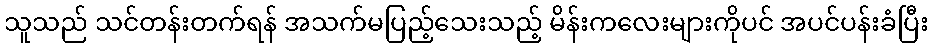
သူသည် သင်တန်းတက်ရန် အသက်မပြည့်သေးသည့် မိန်းကလေးများကိုပင် အပင်ပန်းခံပြီး